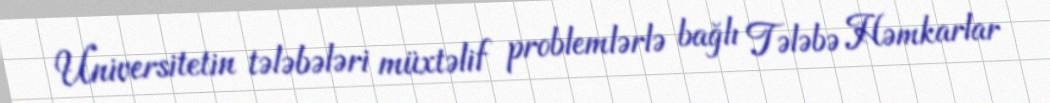
Universitetin tələbələri müxtəlif problemlərlə bağlı Tələbə Həmkarlar